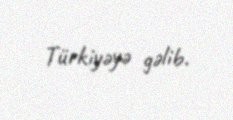
Türkiyəyə gəlib.